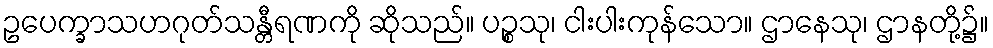
ဥပေက္ခာသဟဂုတ်သန္တီရဏကို ဆိုသည်။ ပဉ္စသု၊ ငါးပါးကုန်သော။ ဌာနေသု၊ ဌာနတို့၌။